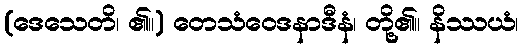
(ဒေသေတိ၊ ၏။) တေသံဝေဒနာဒီနံ၊ တို့၏။ နိဿယံ၊